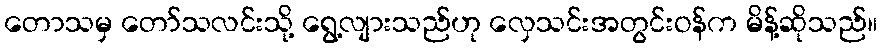
တောသမှ တော်သလင်းသို့ ရွေ့လျားသည်ဟု လှေသင်းအတွင်းဝန်က မိန့်ဆိုသည်။